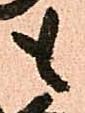
も